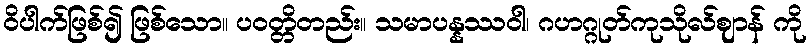
ဝိပါက်ဖြစ်၍ ဖြစ်သော။ ပဝတ္တိတည်း။ သမာပန္နဿဝါ၊ ဂဟဂ္ဂုတ်ကုသိုလ်ဈာန် ကို